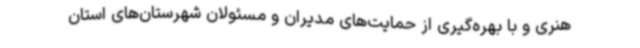
هنری و با بهره‌گیری از حمایت‌های مدیران و مسئولان شهرستان‌های استان